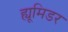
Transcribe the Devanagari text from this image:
ह्यूमिडर